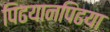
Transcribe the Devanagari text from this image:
पिढयानपिढया